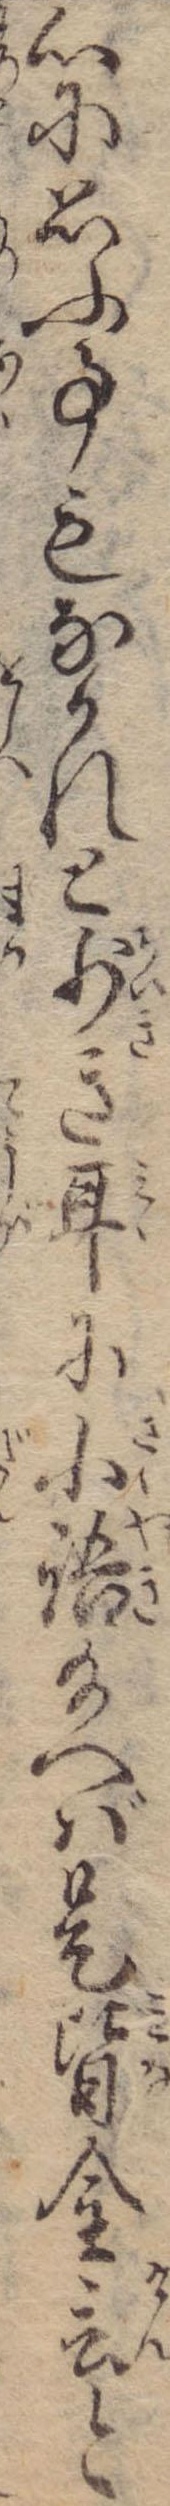
心に思ふ事もなかれと少き耳に小語給へば是皆金言と